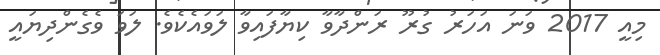
މިއީ 2017 ވަނަ އަހަރު ގުރޫ ރަންދާވާ ކިޔާފައިވާ ލަވައެކެވެ. ލަވަ ވެގެންދިޔައީ